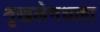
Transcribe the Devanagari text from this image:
शृखलेमधला